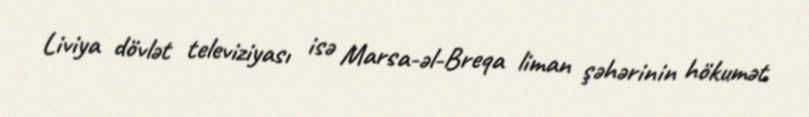
Liviya dövlət televiziyası isə Marsa-əl-Breqa liman şəhərinin hökumət